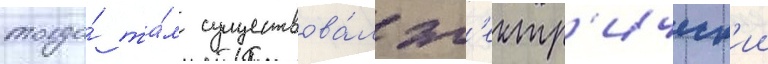
тогда́ та́м существова́л эл'ектр'ическ'ии